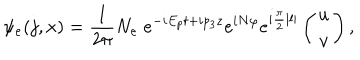
LaTeX: \psi _ { e } ( j , x ) = { \frac { 1 } { 2 \pi } } N _ { e } \; e ^ { - i E _ { p } t + i p _ { 3 } z } e ^ { i N \varphi } e ^ { i { \frac { \pi } { 2 } } | l | } \left( \begin{matrix} { { u } } \\ { { v } } \\ \end{matrix} \right) ,